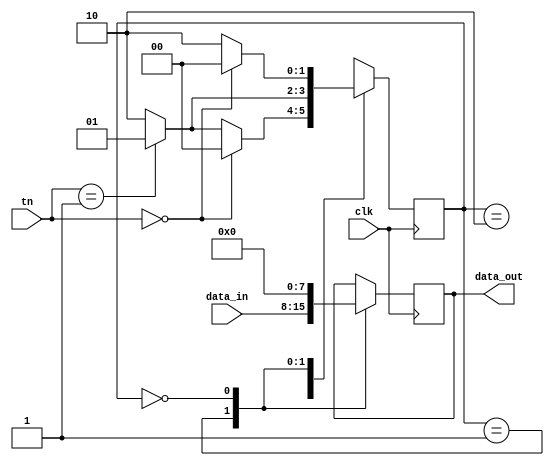
module register (data_in, tn, clk, data_out);
	input wire [7:0] data_in;
	input wire [1:0] tn;
	input wire clk;
	
	output reg [7:0] data_out;
	
	parameter clear = 2'b00, load = 2'b01, hold = 2'b10;
	
	reg [1:0] state;
	wire [1:0] next_state;
	
	assign next_state = fsm_function(state, tn);
	
	function [1:0] fsm_function;
		input [1:0] state;
		input [1:0] tn;
		case (state)
			hold: 
			if (tn == clear) begin
			fsm_function = clear;
			end else if (tn == load) begin 
			fsm_function = load;
			end else begin 
			fsm_function = hold;
			end
			load:
			if (tn == load) begin
			fsm_function = load;
			end else begin
			fsm_function = hold;
			end
			clear:
			if (tn == clear) begin
			fsm_function =  clear;
			end else begin
			fsm_function = hold;
			end
		endcase
	endfunction
	
	always @ (posedge clk)
	begin
		state <= next_state;
	end
	
	always @ (posedge clk)
	begin
	case(state)
		load:
		data_out <= data_in;
		clear:
		data_out <= 8'd0;
		hold:
		data_out <= data_out;
	endcase
	end
endmodule